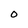
Character: O